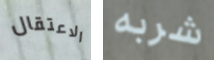
الاعتقال شربه